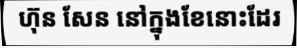
ហ៊ុន សែន នៅក្នុងខែនោះដែរ